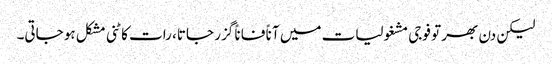
لیکن دن بھر تو فوجی مشغولیات میں آناً فاناً گزر جاتا، رات کاٹنی مشکل ہو جاتی۔